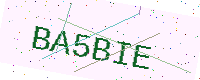
Text: BA5BIE